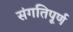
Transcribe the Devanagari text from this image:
संगतिपूर्ण